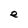
Character: e